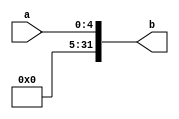
module EXT_5(
input [4:0]a,
output [31:0]b
);
assign b={{27{1'b0}},a};
endmodule

module EXT_16(
input [15:0]a,
output [31:0]b
);
assign b={{16{1'b0}},a};
endmodule

module S_EXT_16(
input [15:0]a,
output [31:0]b
);
assign b={{16{a[15]}},a};
endmodule

module S_EXT_18(
input [17:0]a,
output [31:0]b
);
assign b={{14{a[17]}},a};
endmodule

module EXT_8(
input [7:0]a,
output [31:0]b
);
assign b={{24{1'b0}},a};
endmodule

module S_EXT_8(
input [7:0]a,
output [31:0]b
);
assign b={{24{a[7]}},a};
endmodule